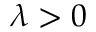
\lambda > 0